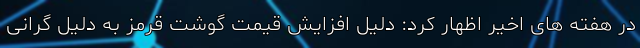
در هفته های اخیر اظهار کرد: دلیل افزایش قیمت گوشت قرمز به دلیل گرانی